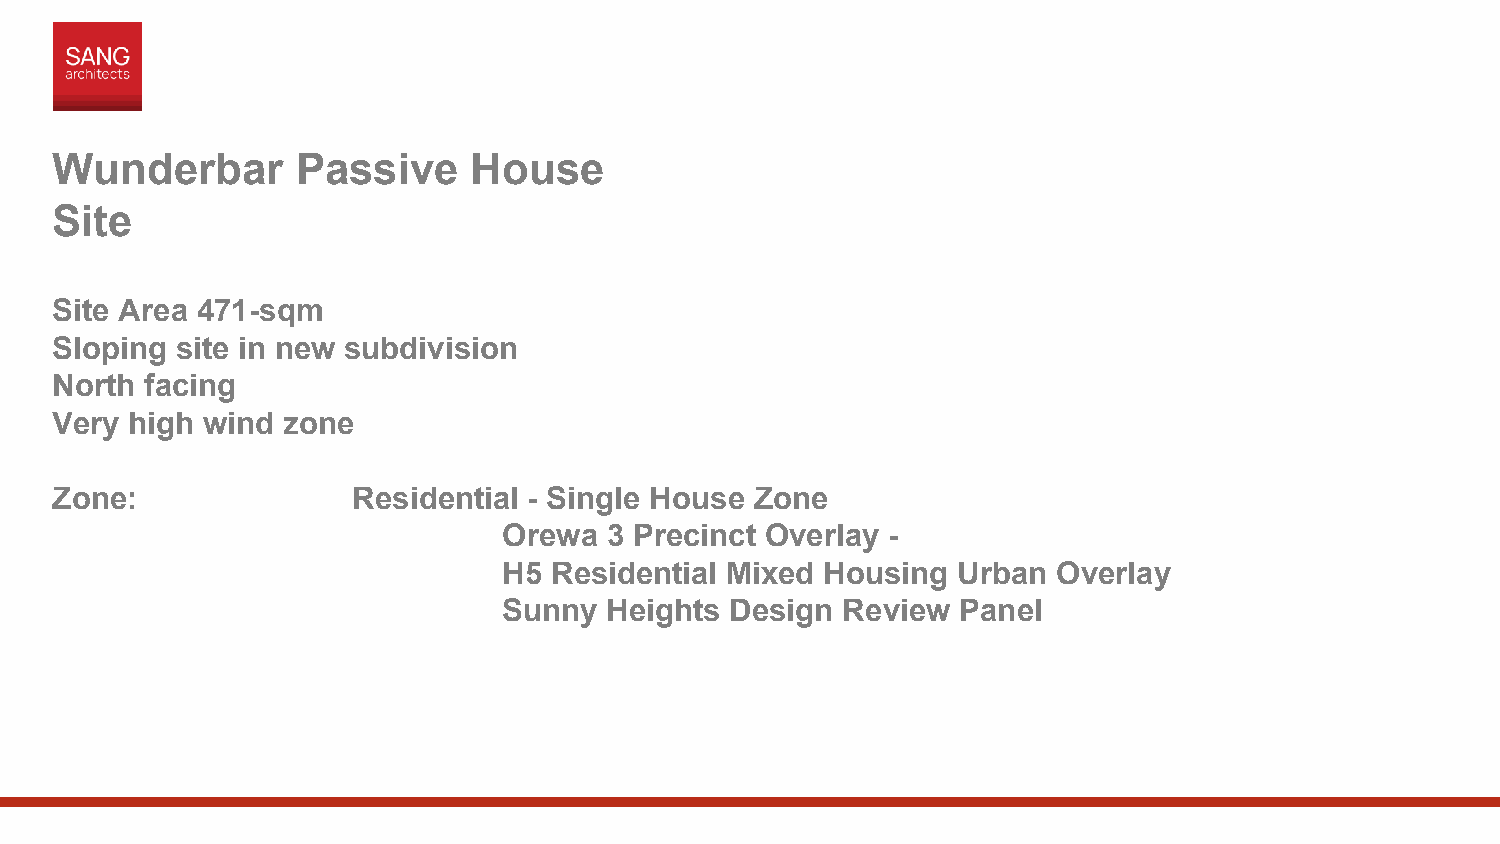
Wunderbar        Passive    House
 Site
 Site Area 471-sqm
 Sloping  site in new subdivision
 North  facing
 Very  high wind zone
 Zone:               Residential - Single House Zone
 Orewa  3 Precinct Overlay -
 H5 Residential Mixed  Housing Urban  Overlay
 Sunny  Heights Design  Review  Panel